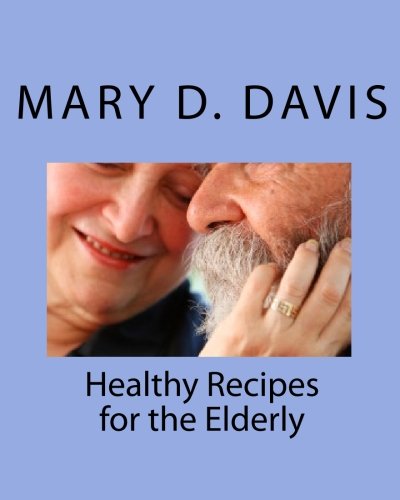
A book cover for Healthy Recipes for the Elderly; Mary D Davis; Cookbooks, Food & Wine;